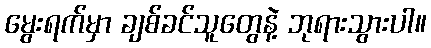
မွေးရက်မှာ ချစ်ခင်သူတွေနဲ့ ဘုရားသွားပါ။